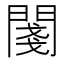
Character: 𨵊